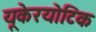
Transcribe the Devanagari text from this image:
यूकेरयोटिक